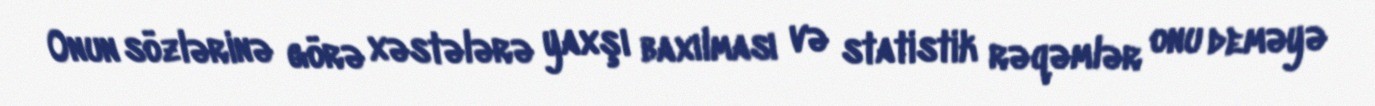
Onun sözlərinə görə xəstələrə yaxşı baxılması və statistik rəqəmlər onu deməyə